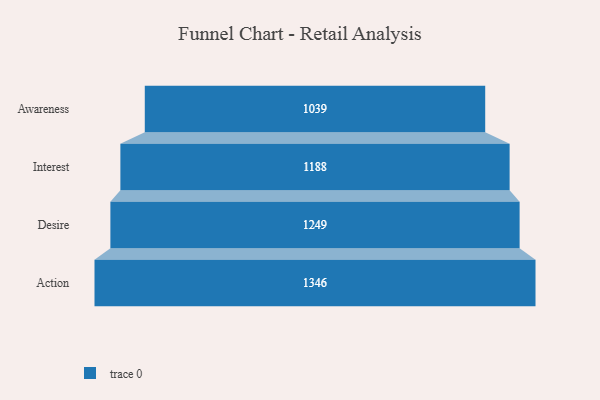
{"axis": {"x": "Stage", "y": "Value"}, "legend": [""], "data": [{"x": "Awareness", "y": 1039.0, "type": ""}, {"x": "Interest", "y": 1188.0, "type": ""}, {"x": "Desire", "y": 1249.0, "type": ""}, {"x": "Action", "y": 1346.0, "type": ""}]}